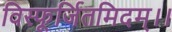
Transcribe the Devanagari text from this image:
विस्फूर्जितमिदम्।।